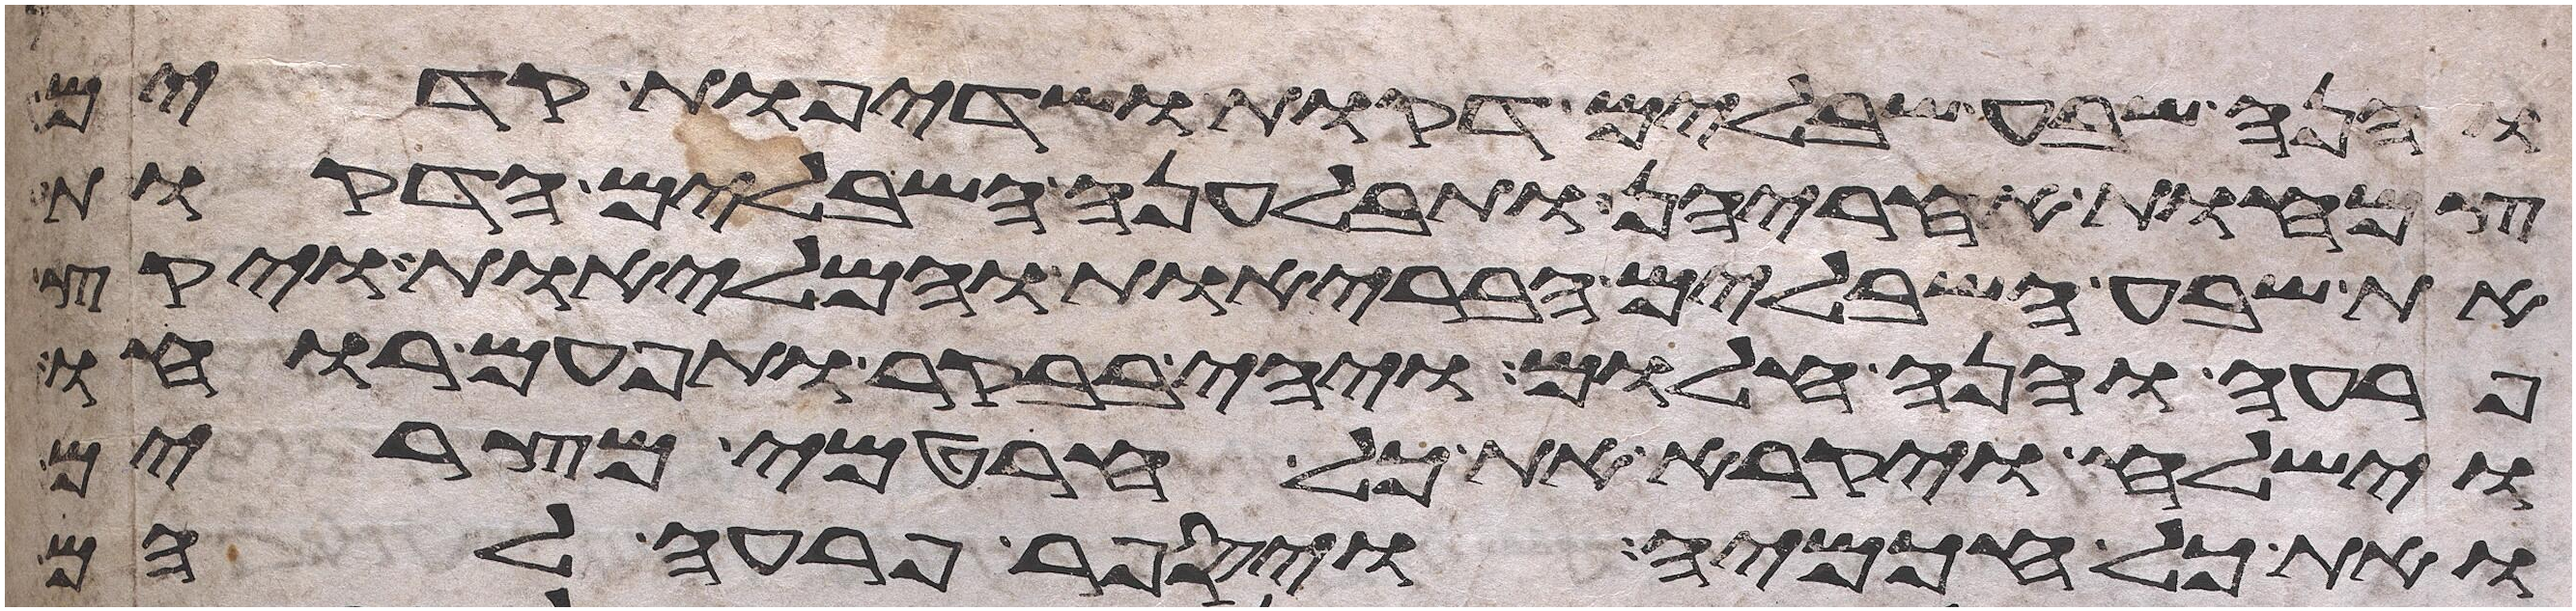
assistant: והנה שבע שבלים דקות ושדיפת קדים
צמחות אחריהן ותבלענה השבלים הדקות
את שבע השבלים הבריות והמליות ויקץ
פרעה והנה חלום ויהי בבקר ותפעם רוחו
וישלח ויקרא את כל חרטמי מצרים
ואת כל חכמיה ויספר פרעה להם